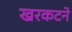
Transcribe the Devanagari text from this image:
खरकटने